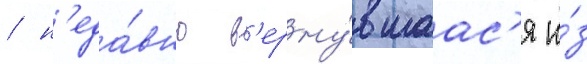
/ н'еда́вно в'ерну́вшаас'я и́з